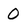
Character: 0